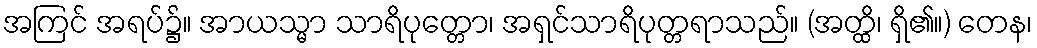
အကြင် အရပ်၌။ အာယသ္မာ သာရိပုတ္တော၊ အရှင်သာရိပုတ္တရာသည်။ (အတ္ထိ၊ ရှိ၏။) တေန၊